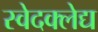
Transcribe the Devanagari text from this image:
स्वेदक्लेद्य